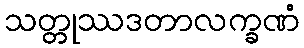
သတ္တုဿဒတာလက္ခဏံ